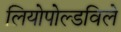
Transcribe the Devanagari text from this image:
लियोपोल्डविले